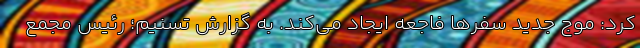
کرد: موج جدید سفرها فاجعه ایجاد می‌کند. به گزارش تسنیم؛ رئیس مجمع